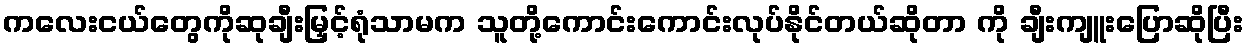
ကလေးငယ်တွေကိုဆုချီးမြှင့်ရုံသာမက သူတို့ကောင်းကောင်းလုပ်နိုင်တယ်ဆိုတာ ကို ချီးကျူးပြောဆိုပြီး